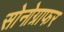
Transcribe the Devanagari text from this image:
सोनोग्राफर